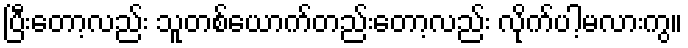
ပြီးတော့လည်း သူတစ်ယောက်တည်းတော့လည်း လိုက်ပါ့မလားကွ။